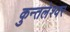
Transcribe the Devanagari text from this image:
कुन्तलेश्वर